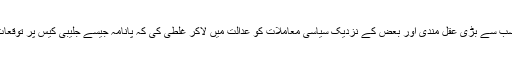
میچ بغیر کسی نتیجے میں کے ختم ہوگیا، اور عدلیہ نے اپنی نوعیت کی سب سے بڑی عقل مندی اور بعض کے نزدیک سیاسی معاملات کو عدالت میں لاکر غلطی کی کہ پانامہ جیسے جلیبی کیس پر توقعات پیدا کیں کہ وہ کیس کا فیصلہ کرکے عوام کو بحران سے نکال دیں گے۔